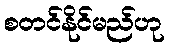
စတင်နိုင်မည်ဟု